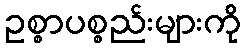
ဥစ္စာပစ္စည်းများကို